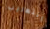
التهريب